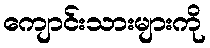
ကျောင်းသားများကို